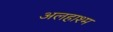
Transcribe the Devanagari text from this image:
अलहाश्म